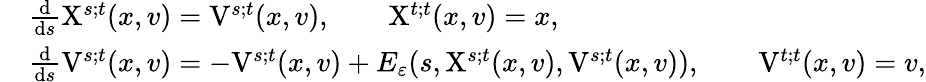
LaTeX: \begin{array}{rl}&{\frac{\mathrm{d}}{\mathrm{d}s}\mathrm{X}^{s;t}(x,v)=\mathrm{V}^{s;t}(x,v),\qquad\mathrm{X}^{t;t}(x,v)=x,}\\ &{\frac{\mathrm{d}}{\mathrm{d}s}\mathrm{V}^{s;t}(x,v)=-\mathrm{V}^{s;t}(x,v)+E_{\varepsilon}(s,\mathrm{X}^{s;t}(x,v),\mathrm{V}^{s;t}(x,v)),\qquad\mathrm{V}^{t;t}(x,v)=v,}\end{array}